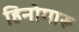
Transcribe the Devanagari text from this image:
हिनोमारू